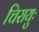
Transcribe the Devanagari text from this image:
चिरायुः